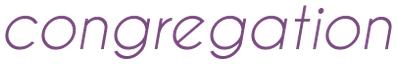
congregation